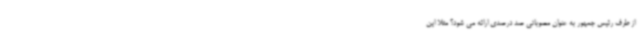
از طرف رئیس جمهور به عنوان مصوباتی صد درصدی ارائه می شود؟ مثلا این